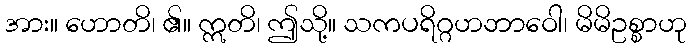
အား။ ဟောတိ၊ ၏။ ဣတိ၊ ဤသို့။ သကပရိဂ္ဂဟဘာဝေါ၊ မိမိဥစ္စာဟု